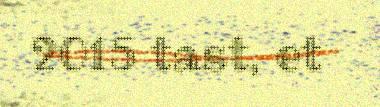
2015 tast, et